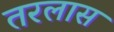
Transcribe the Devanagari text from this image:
तरलास